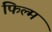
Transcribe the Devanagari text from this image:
फिल्‍म्‍ा